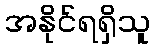
အနိုင်ရရှိသူ